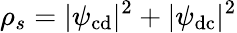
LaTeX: \rho_{s}=|\psi_{\mathrm{cd}}|^{2}+|\psi_{\mathrm{dc}}|^{2}